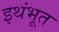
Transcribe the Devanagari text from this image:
इथंभूत